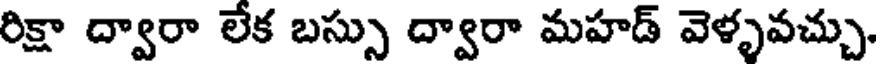
రిక్షా ద్వారా లేక బస్సు ద్వారా మహడ్ వెళ్ళవచ్చు.